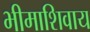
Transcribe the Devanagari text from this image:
भीमाशिवाय